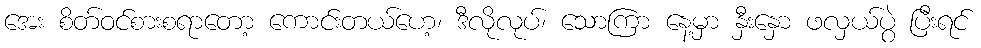
အေး စိတ်ဝင်စားစရာတော့ ကောင်းတယ်ဟေ့၊ ဒီလိုလုပ်၊ သောကြာ နေ့မှာ နှီးနှော ဖလှယ်ပွဲ ပြီးရင်